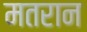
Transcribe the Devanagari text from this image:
मतरान